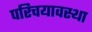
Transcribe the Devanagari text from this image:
परिचयावस्था